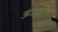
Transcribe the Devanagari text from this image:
अडैप्टर